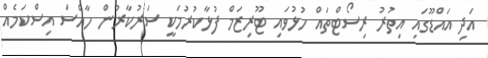
އަދި އައްޑޫގައި އިތުރު ރިސޯޓްތައް ހުޅުވައި ޓޫރިޒަމް ފުޅާކުރުމަކީ ސަރުކާރުން ހާއްސަ އިސްކަމެއް